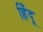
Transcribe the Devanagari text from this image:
हिँदू